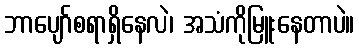
ဘာပျော်စရာရှိနေလဲ၊ အသံကိုမြူးနေတာပဲ။